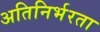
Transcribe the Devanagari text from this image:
अतिनिर्भरता